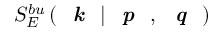
S _ { E } ^ { b u } \left( \textit { \textbf { k } } | \textit { \textbf { p } } , \textit { \textbf { q } } \right)